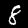
Digit: 8